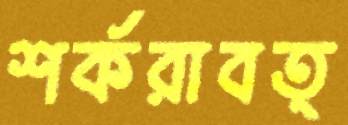
শর্করাবত্